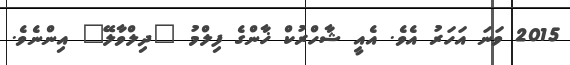
2015 ވަނަ އަހަރު އެވެ. އެއީ ޝާހްރުކް ޚާންގެ ފިލްމު "ދިލްވާލޭ" އިންނެވެ.